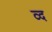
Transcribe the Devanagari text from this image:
व्द